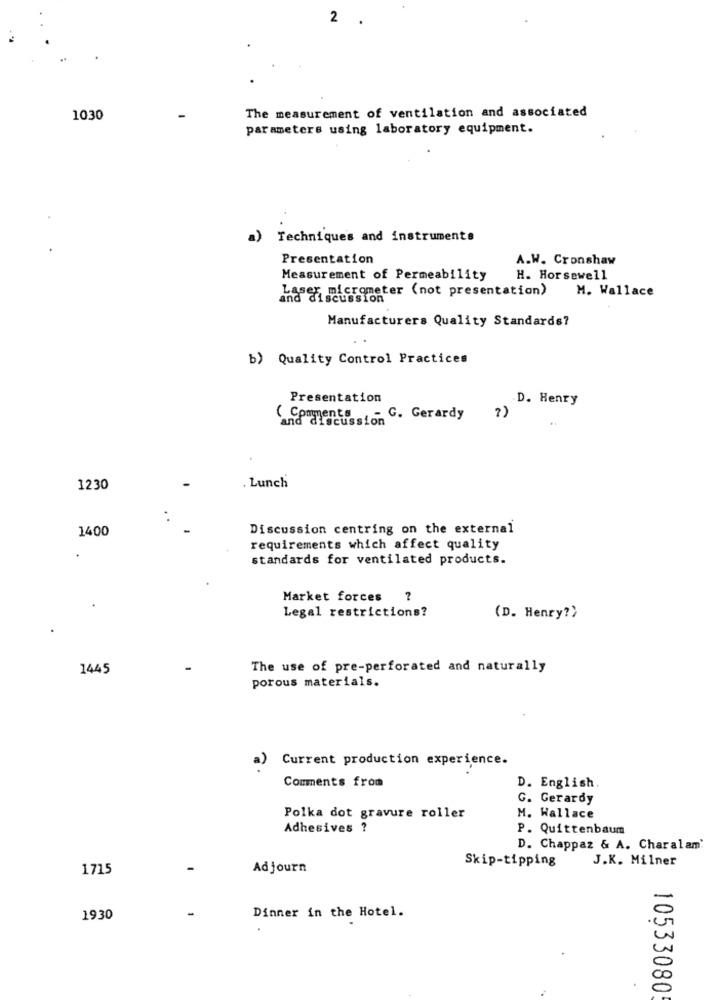
2
.
The measurement of ventilation and associated
1030
parameters using laboratory equipment.
Techniques and instrumente
Presentation
A.W. Cronshaw
Measurement of Permeability
H. Horsewell
Laser, micrometer (not presentation) M. Wallace
scussion
Manufacturers Quality Standards?
b) Quality Control Practices
Presentation
D. Henry
and discussion G. Gerardy ?)
Lunch
1230
1400
Discussion centring on the external
requirements which affect quality
standards for ventilated products.
Market forces
?
Legal restrictions?
(D. Henry?>
1445
The use of pre-perforated and naturally
porous materials.
a)
Current production experience.
Comments from
D. English.
G. Gerardy
Polka dot gravure roller
M. Wallace
Adhesives ?
P. Quittenbaum
D. Chappaz & A. Charalam
J.K. Milner
1715
Adjourn
Skip-tipping
1930
Dinner in the Hotel.
10533080